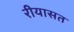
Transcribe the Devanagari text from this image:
रीयासत